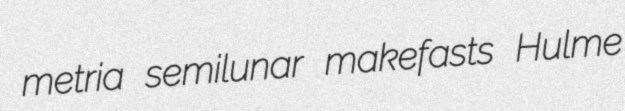
metria semilunar makefasts Hulme